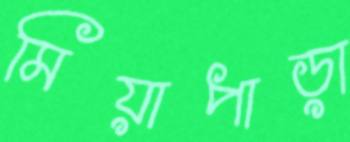
মিয়াপাড়া